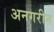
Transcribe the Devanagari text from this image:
अनगरीन